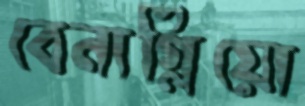
বেনাগ্লিয়ো